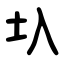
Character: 圦